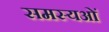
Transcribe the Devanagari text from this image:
समस्यओं